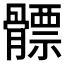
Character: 𩪊